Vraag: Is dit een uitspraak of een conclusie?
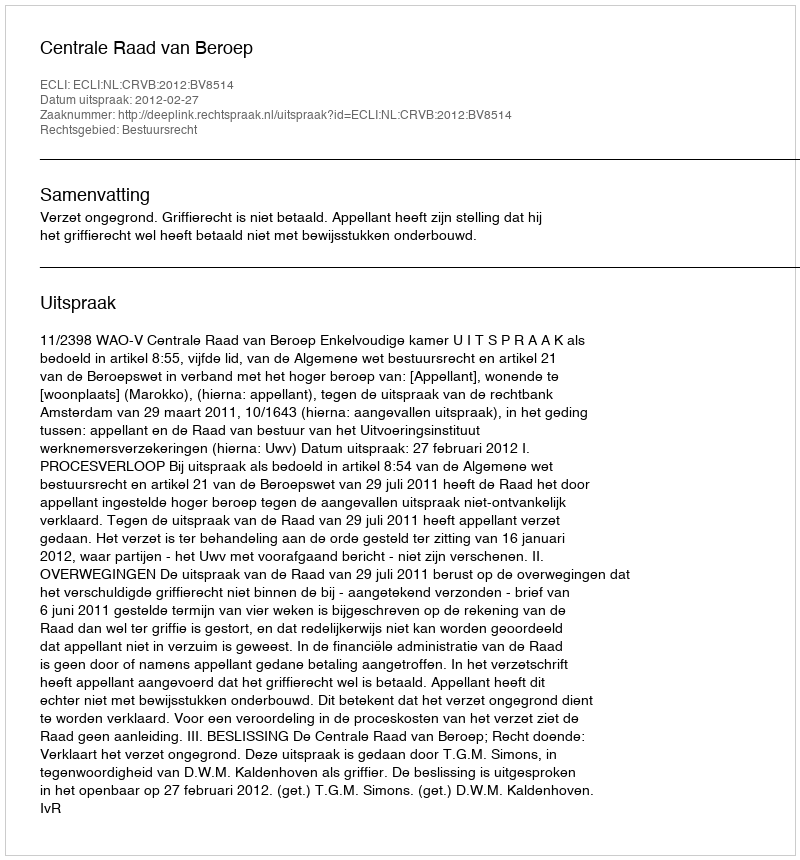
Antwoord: Uitspraak